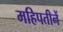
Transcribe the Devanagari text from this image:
महिपतीनें